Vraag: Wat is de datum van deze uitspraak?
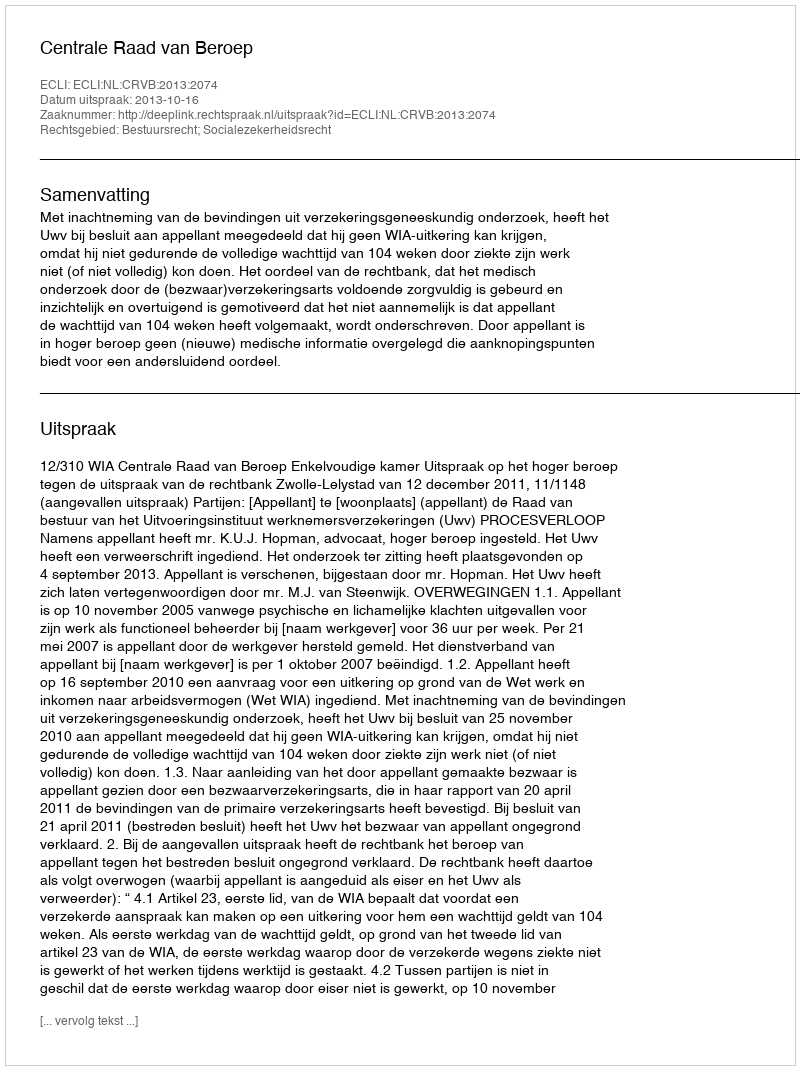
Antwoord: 2013-10-16